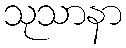
သုသာနာ